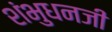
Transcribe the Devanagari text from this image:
शंभुधनजी